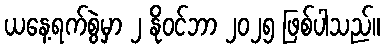
ယနေ့ရက်စွဲမှာ ၂ နိုဝင်ဘာ ၂၀၂၅ ဖြစ်ပါသည်။